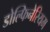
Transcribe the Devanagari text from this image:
डोल्फिनेरियम